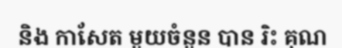
និង កាសែត មួយចំនួន បាន រិះ គុណ